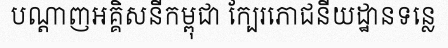
បណ្តាញអគ្គិសនីកម្ពុជា ក្បែរភោជនីយដ្ឋានទន្លេ